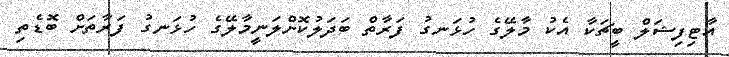
އާޓިފިޝަލް ބީޗަކާ އެކު މާލޭގެ ހުޅަނގު ފަރާތް ބަދަލުކޮށްލަނީމާލޭގެ ހުޅަނގު ފަރާތަށް ބޮޑެތި